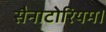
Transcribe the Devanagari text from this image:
सैनाटोरियम।